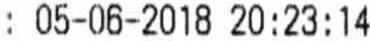
: 05-06-2018 20:23:14